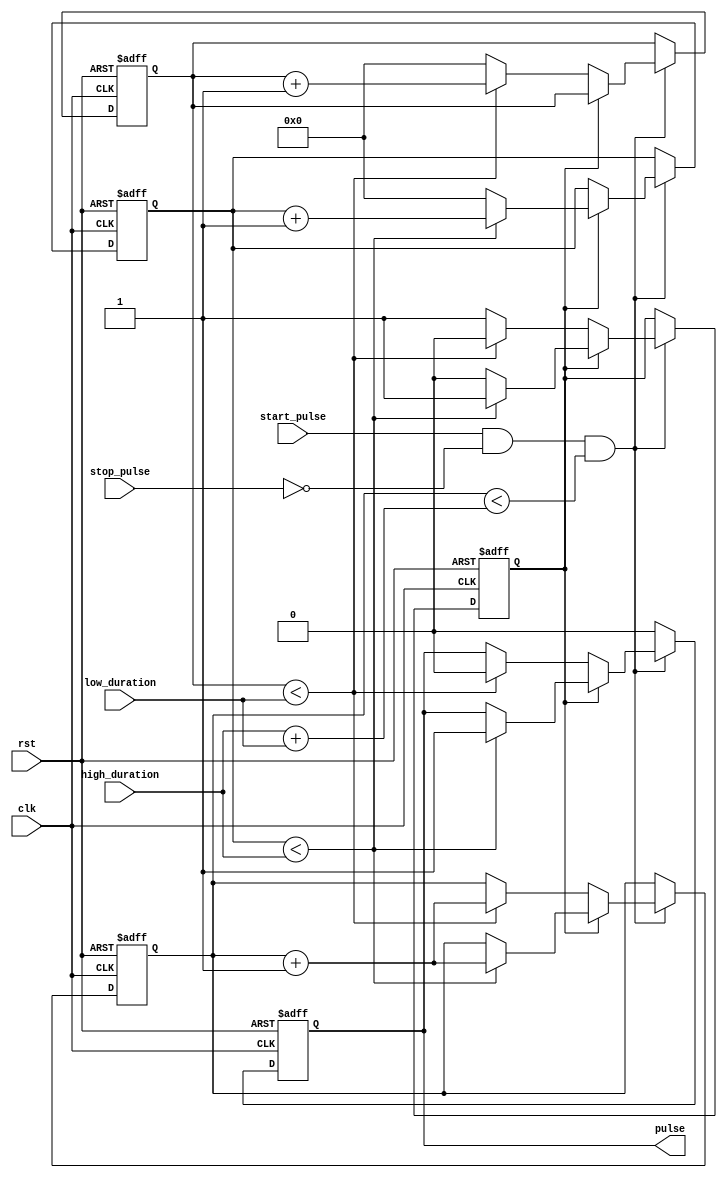
module duty_cycle_pulse_generator (
    input wire rst, // reset signal
    input wire clk, // clock signal
    input wire start_pulse, // trigger to start pulse generation
    input wire stop_pulse, // trigger to stop pulse generation
    input wire high_duration, // desired high duration of pulse
    input wire low_duration, // desired low duration of pulse
    output reg pulse // output pulse signal
);

reg [31:0] high_count; // counter for high duration
reg [31:0] low_count; // counter for low duration
reg pulse_state; // current state of pulse (high or low)
reg [31:0] total_count; // counter to track total pulse duration

always @(posedge clk or posedge rst) begin
    if (rst) begin
        high_count <= 0;
        low_count <= 0;
        pulse_state <= 0;
        pulse <= 0;
        total_count <= 0;
    end else begin
        if (start_pulse && !stop_pulse && total_count < high_duration + low_duration) begin
            if (pulse_state) begin
                if (high_count < high_duration) begin
                    pulse <= 1;
                    high_count <= high_count + 1;
                    total_count <= total_count + 1;
                end else begin
                    pulse_state <= 0;
                    high_count <= 0;
                end
            end else begin
                if (low_count < low_duration) begin
                    pulse <= 0;
                    low_count <= low_count + 1;
                    total_count <= total_count + 1;
                end else begin
                    pulse_state <= 1;
                    low_count <= 0;
                end
            end
        end else begin
            pulse <= 0;
        end
    end
end

endmodule